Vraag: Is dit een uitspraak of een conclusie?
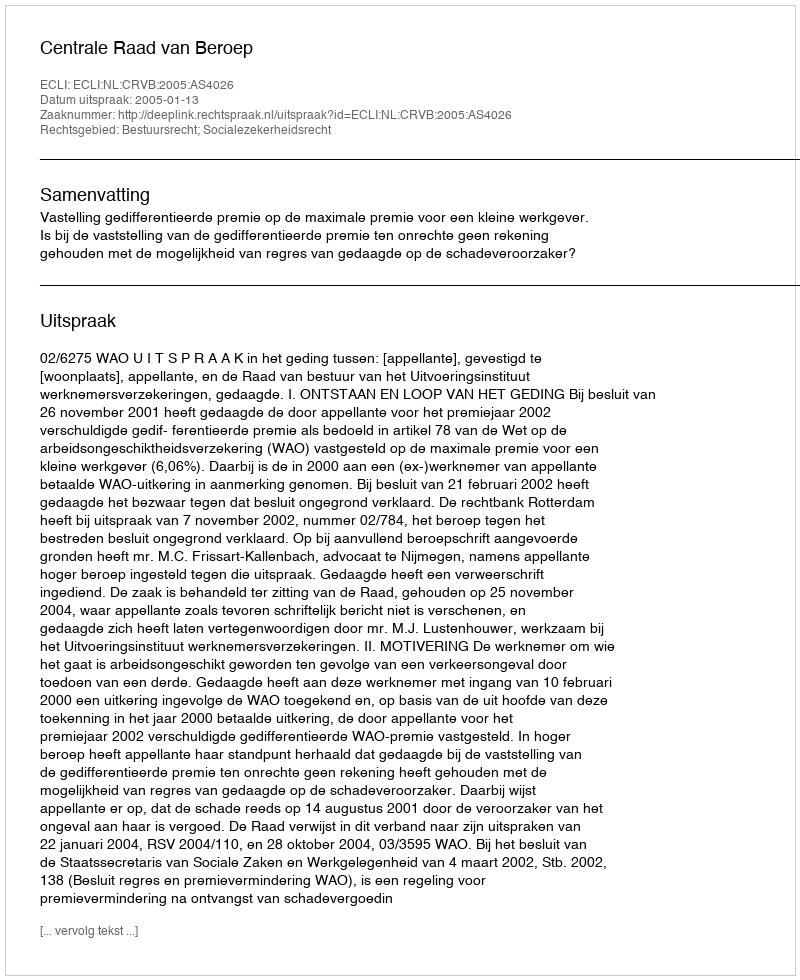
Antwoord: Uitspraak